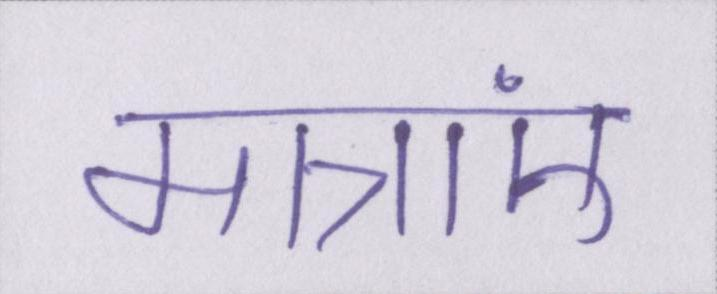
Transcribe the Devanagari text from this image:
मात्राएं